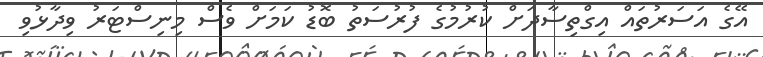
އޭގެ އަސަރުތައް އިގްތިސާދަށް ކުރުމުގެ ފުރުސަތު ބޮޑު ކަމަށް ވެސް މިނިސްޓަރު ވިދާޅުވި